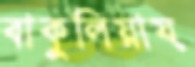
বাকুলিয়ায়